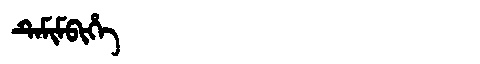
Manchu: ᡨᡝᠮᡳᠮᠪᡳᡥᡝ
Romanization: TEMIMBIHE